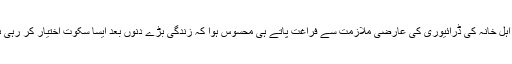
کچھ غیر ضروری یدھ میں شریک رہنے، میکائیل بن معاذ کی دنیا میں آمد اور پھر عید کے موقع پر اہل خانہ کی ڈرائیوری کی عارضی ملازمت سے فراغت پاتے ہی محسوس ہوا کہ زندگی بڑے دنوں بعد ایسا سکوت اختیار کر رہی ہے کہ ہم واپس میلان کنڈیرا، خالد حسینی، مراکامی اور ارندھتی رائے کی جانب متوجہ ہو پائیں گے۔